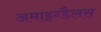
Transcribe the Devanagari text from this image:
अमाइग्डैलस